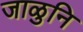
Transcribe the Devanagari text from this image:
जाळुनि